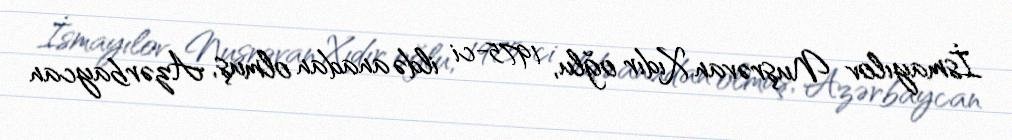
İsmayılov Nuşrəvan Xıdır oğlu, 1975-ci ildə anadan olmuş, Azərbaycan